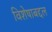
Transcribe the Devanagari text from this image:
विशेषाबद्दल